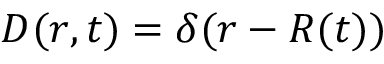
{ D ( r , t ) = \delta ( r - R ( t ) ) }